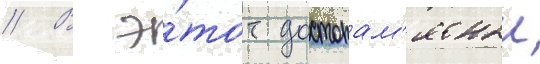
// В э́тот достопам'ятныи